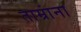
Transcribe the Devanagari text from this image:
ताम्रांना